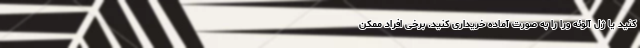
کنید یا ژل آلوئه ورا را به صورت آماده خریداری کنید. برخی افراد ممکن